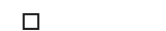
٥